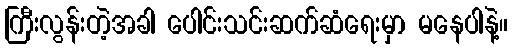
ကြီးလွန်းတဲ့အခါ ပေါင်းသင်းဆက်ဆံရေးမှာ မနေပါနဲ့။